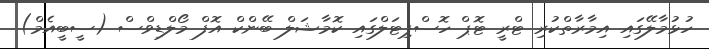
ހުޅުމާލޭގައި އިމާރާތްކުރި ޓްރީ ޓޮޕް ހޮސްޕިޓަލްގައި ކޮމާޝަލް ބޭންކް އޮފް މޯލްޑިވްސް (ސީބީއެމް)